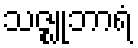
သဇ္ဈုဘာရံ